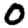
Digit: 0